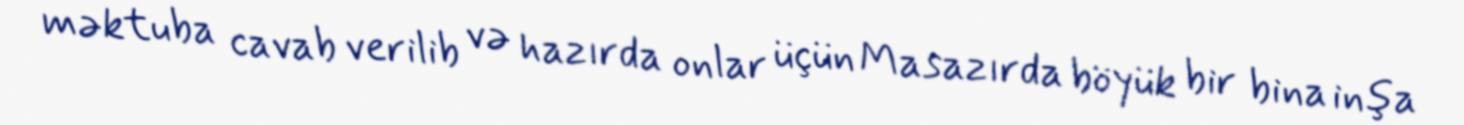
məktuba cavab verilib və hazırda onlar üçün Masazırda böyük bir bina inşa